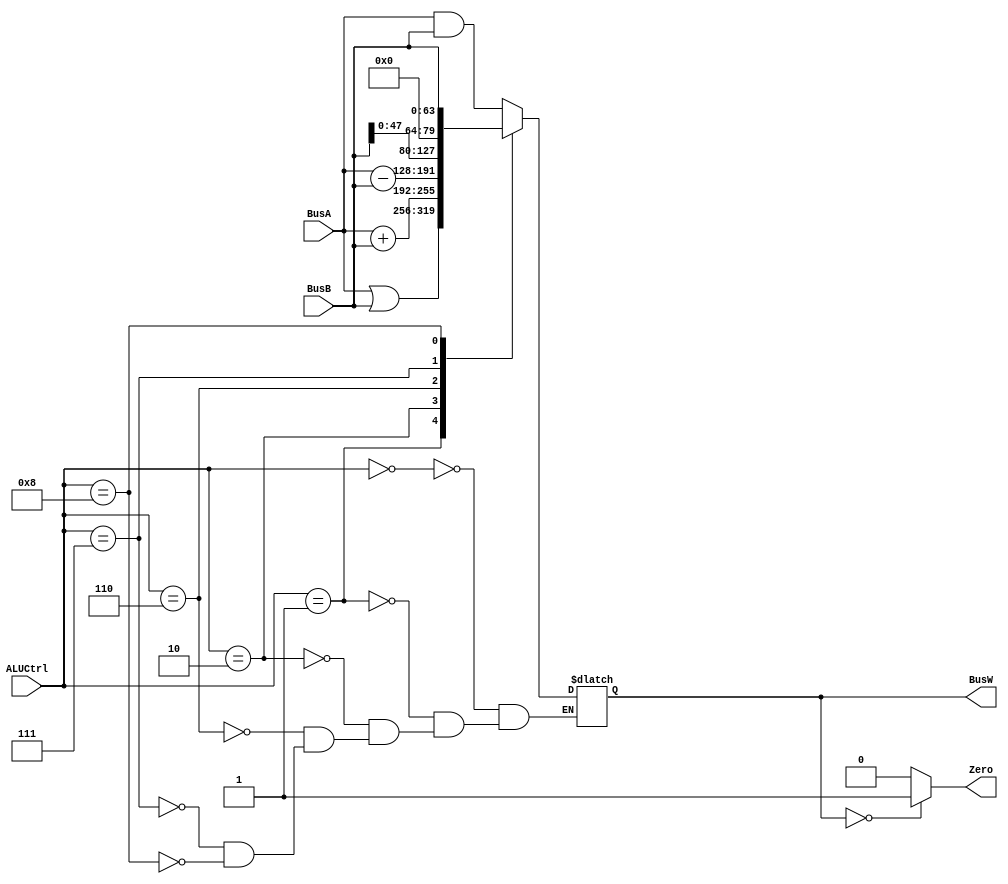
`timescale 1ns / 1ps

`define AND   4'b0000
`define OR    4'b0001
`define ADD   4'b0010
`define SUB   4'b0110
`define PassB 4'b0111
`define PassBM 4'b1000

module ALU(BusW, Zero, BusA, BusB, ALUCtrl);

    output  reg [63:0] BusW;
    output  reg Zero;
    input   [63:0] BusA, BusB;
    input   [3:0] ALUCtrl;
    
    always @(*) begin
        case(ALUCtrl)
            `AND:
                BusW <= BusA & BusB;
            `OR: 
                BusW <= BusA | BusB;
            `ADD:
                BusW <= $signed(BusA) + $signed(BusB);
            `SUB:
                BusW <= $signed(BusA) - $signed(BusB);
            `PassB:
                BusW <= {BusB, 16'b0};
          	`PassBM:
              	BusW <= BusB;
        endcase
        Zero <= (BusW == 64'b0) ? 1 : 0;
    end
endmodule